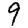
Digit: 9